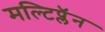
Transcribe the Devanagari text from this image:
मल्टिप्लॅन